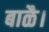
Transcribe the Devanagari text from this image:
बाळै।